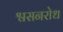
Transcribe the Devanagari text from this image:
श्वसनरोध